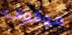
موقوف